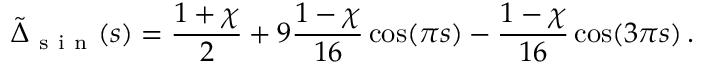
\tilde { \Delta } _ { \mathrm { ~ s ~ i ~ n ~ } } ( s ) = \frac { 1 + \chi } { 2 } + 9 \frac { 1 - \chi } { 1 6 } \cos ( \pi s ) - \frac { 1 - \chi } { 1 6 } \cos ( 3 \pi s ) \, .